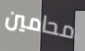
محامين